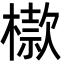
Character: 㯘